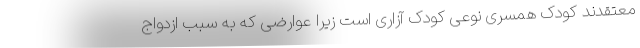
معتقدند کودک همسری نوعی کودک آزاری است زیرا عوارضی که به سبب ازدواج